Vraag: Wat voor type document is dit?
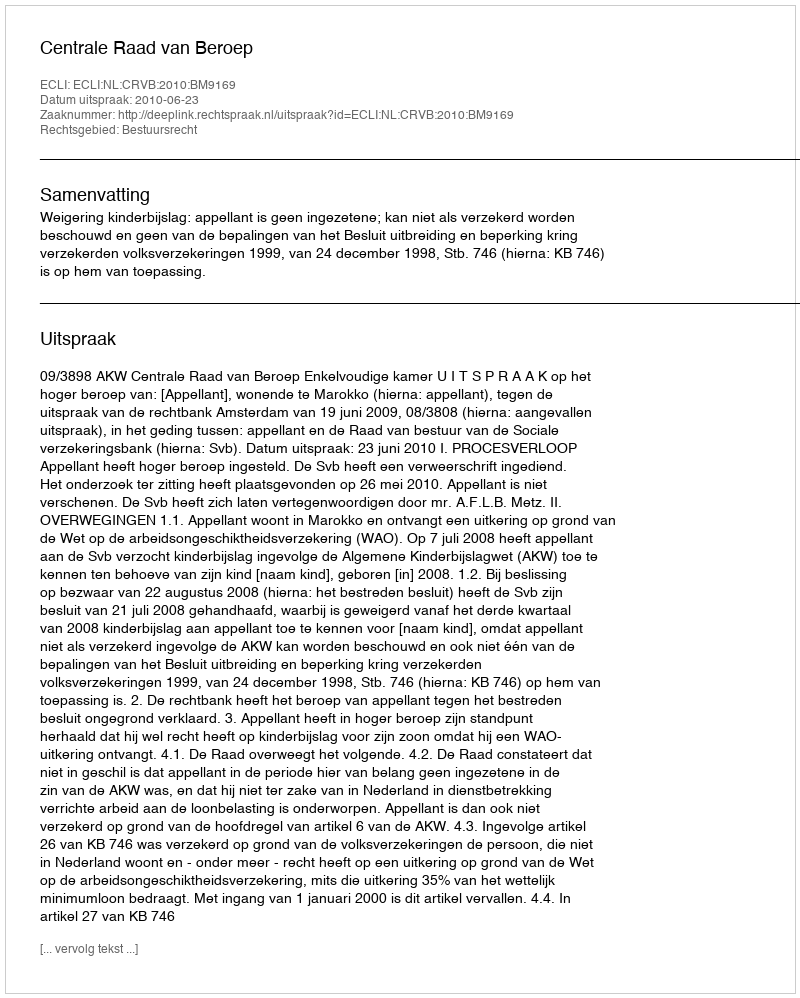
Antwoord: Uitspraak